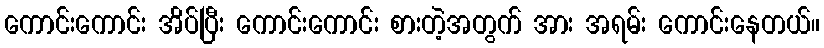
ကောင်းကောင်း အိပ်ပြီး ကောင်းကောင်း စားတဲ့အတွက် အား အရမ်း ကောင်းနေတယ်။